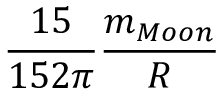
\frac { 1 5 } { 1 5 2 \pi } \frac { m _ { M o o n } } { R }